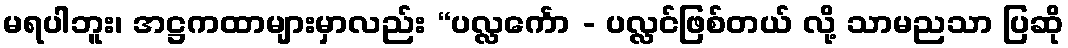
မရပါဘူး၊ အဋ္ဌကထာများမှာလည်း “ပလ္လင်္ကော - ပလ္လင်ဖြစ်တယ် လို့ သာမညသာ ပြဆို